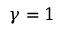
\gamma = 1